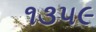
૧૩૫૯